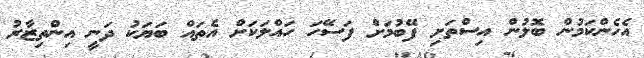
އެހެންކަމުން ބޮލުން އިސްތަށި ފޭބުމަށް ފަސޭހަ ހައްލަކަށް އެތައް ބަޔަކު ދަނީ އިންތިޒާރު